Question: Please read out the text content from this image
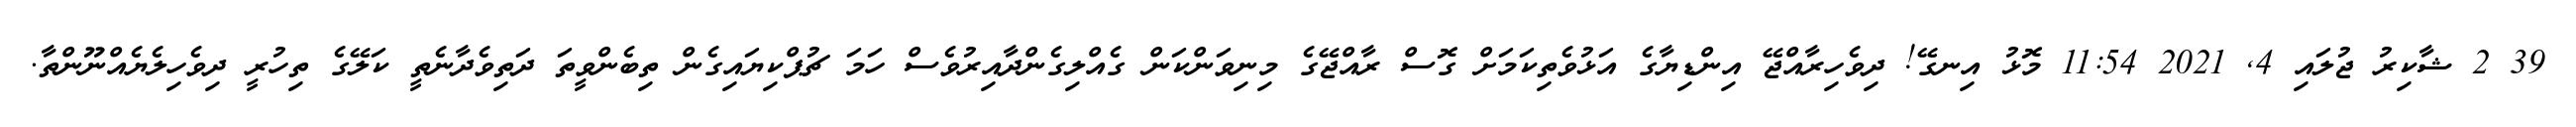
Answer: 39 2 ޝާކިރު ޖުލައި 4, 2021 11:54 މޮޅު އިނގޭ! ދިވެހިރާއްޖޭ އިންޑިޔާގެ އަޅުވެތިކަމަށް ގޮސް ރާއްޖޭގެ މިނިވަންކަން ގެއްލިގެންދާއިރުވެސް ހަމަ ޗުޕްކިޔައިގެން ތިބެންވީތަ ދަތިވެދާނެތީ ކަލޭގެ ތިހުރީ ދިވެހިލެޔެއްނޫންތާ.